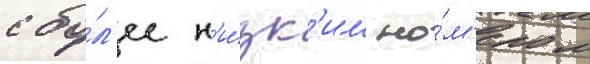
с бо́л'ее н'и́зк'им но́м'ером